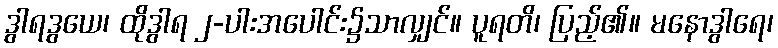
ဒွါရဒွယေ၊ ထိုဒွါရ ၂-ပါးအပေါင်း၌သာလျှင်။ ပူရတိ၊ ပြည့်၏။ မနောဒွါရေ၊